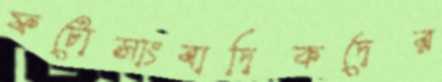
ফটোসাংবাদিকদের